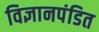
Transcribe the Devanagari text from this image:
विज्ञानपंडित